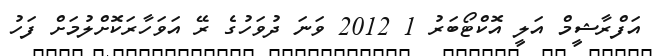
އަފްރާޝީމް އަލީ އޮކްޓޯބަރު 1 2012 ވަނަ ދުވަހުގެ ރޭ އަވަހާރަކޮށްލުމަށް ފަހު